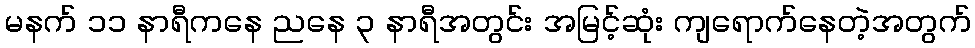
မနက် ၁၁ နာရီကနေ ညနေ ၃ နာရီအတွင်း အမြင့်ဆုံး ကျရောက်နေတဲ့အတွက်